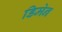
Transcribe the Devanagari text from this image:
डिमेन